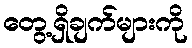
တွေ့ရှိချက်များကို